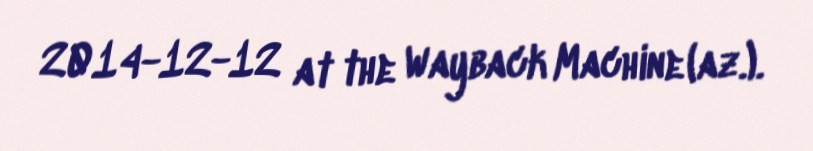
2014-12-12 at the Wayback Machine (az.).